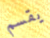
يقسم